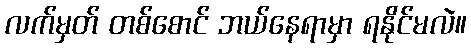
လက်မှတ် တစ်စောင် ဘယ်နေရာမှာ ရနိုင်မလဲ။